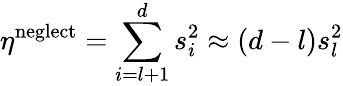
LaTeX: \eta^{\mathrm{neglect}}=\sum_{i=l+1}^{d}s_{i}^{2}\approx(d-l)s_{l}^{2}